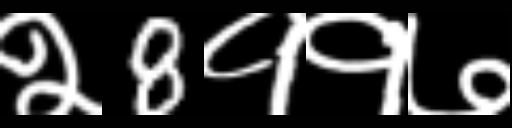
Text: २8११७